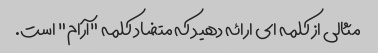
مثالی از کلمه ای ارائه دهید که متضاد کلمه "آرام" است.